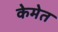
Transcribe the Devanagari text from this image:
केमेत